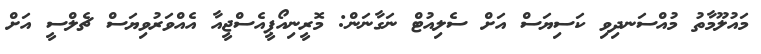
މައުލޫމާތު މުއްސަނދިވި ކަސިޔަސް އަށް ސެލިއުޓް ނަގާނަން: މޮރީނިއޯޕީއެސްޖީއާ އެއްވަރުވިޔަސް ޗެލްސީ އަށް